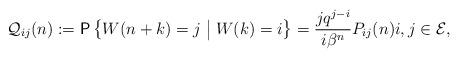
LaTeX: \begin{align*} {\mathcal{Q}}_{ij}(n):=\textsf{P}\left\{{W({n+k})=j}\bigm|{W(k)=i}\right\}={\frac{jq^{j-i}}{i\beta^n}}P_{ij}(n) i,j \in {\mathcal{E}},\end{align*}